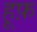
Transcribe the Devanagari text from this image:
हूफ़